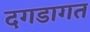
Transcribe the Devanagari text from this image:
दगडागत